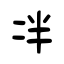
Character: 冸